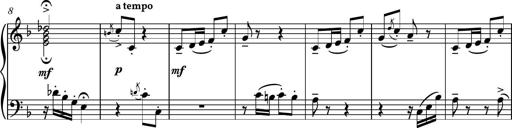
Title: Piano Sonatina No.8
Composer: Dimitri Sykias
Key: F major